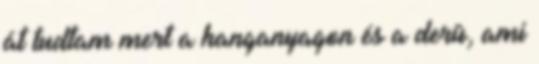
át tudtam mert a hanganyagon és a derû, ami